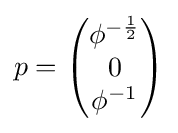
p={\begin{pmatrix}\phi ^{-{\frac {1}{2}}}\\0\\\phi ^{-1}\end{pmatrix}}